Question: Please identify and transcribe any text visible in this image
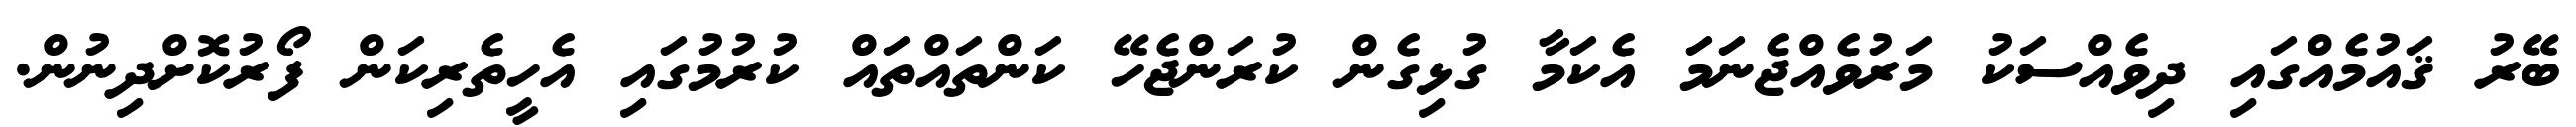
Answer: ބޭރު ޤައުމެއްގައި ދިވެއްސަކު މަރުވެއްޖެނަމަ އެކަމާ ގުޅިގެން ކުރަންޖެހޭ ކަންތައްތައް ކުރުމުގައި އެހީތެރިކަން ފޯރުކޮށްދިނުން.